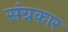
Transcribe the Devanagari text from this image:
संग्रकार